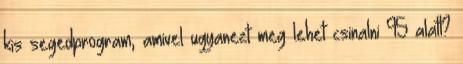
kis segedprogram, amivel ugyanezt meg lehet csinalni 95 alatt?